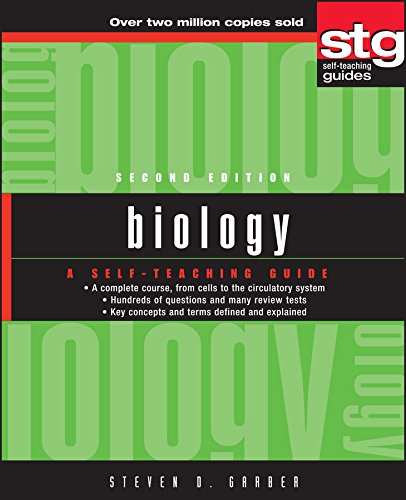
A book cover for Biology: A Self-Teaching Guide, 2nd edition; Steven Daniel Garber; Science & Math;